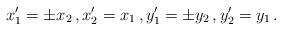
LaTeX: \begin{align*}x_1^\prime = \pm x_2 \, , x_2^\prime = x_1 \, , y_1^\prime = \pm y_2 \, , y_2^\prime = y_1 \, .\end{align*}